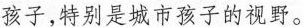
孩子，特别是城市孩子的视野。